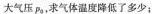
大气压p_{0}，求其体温低降低了多少；